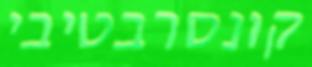
קונסרבטיבי